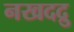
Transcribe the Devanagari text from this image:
नखदद्रु